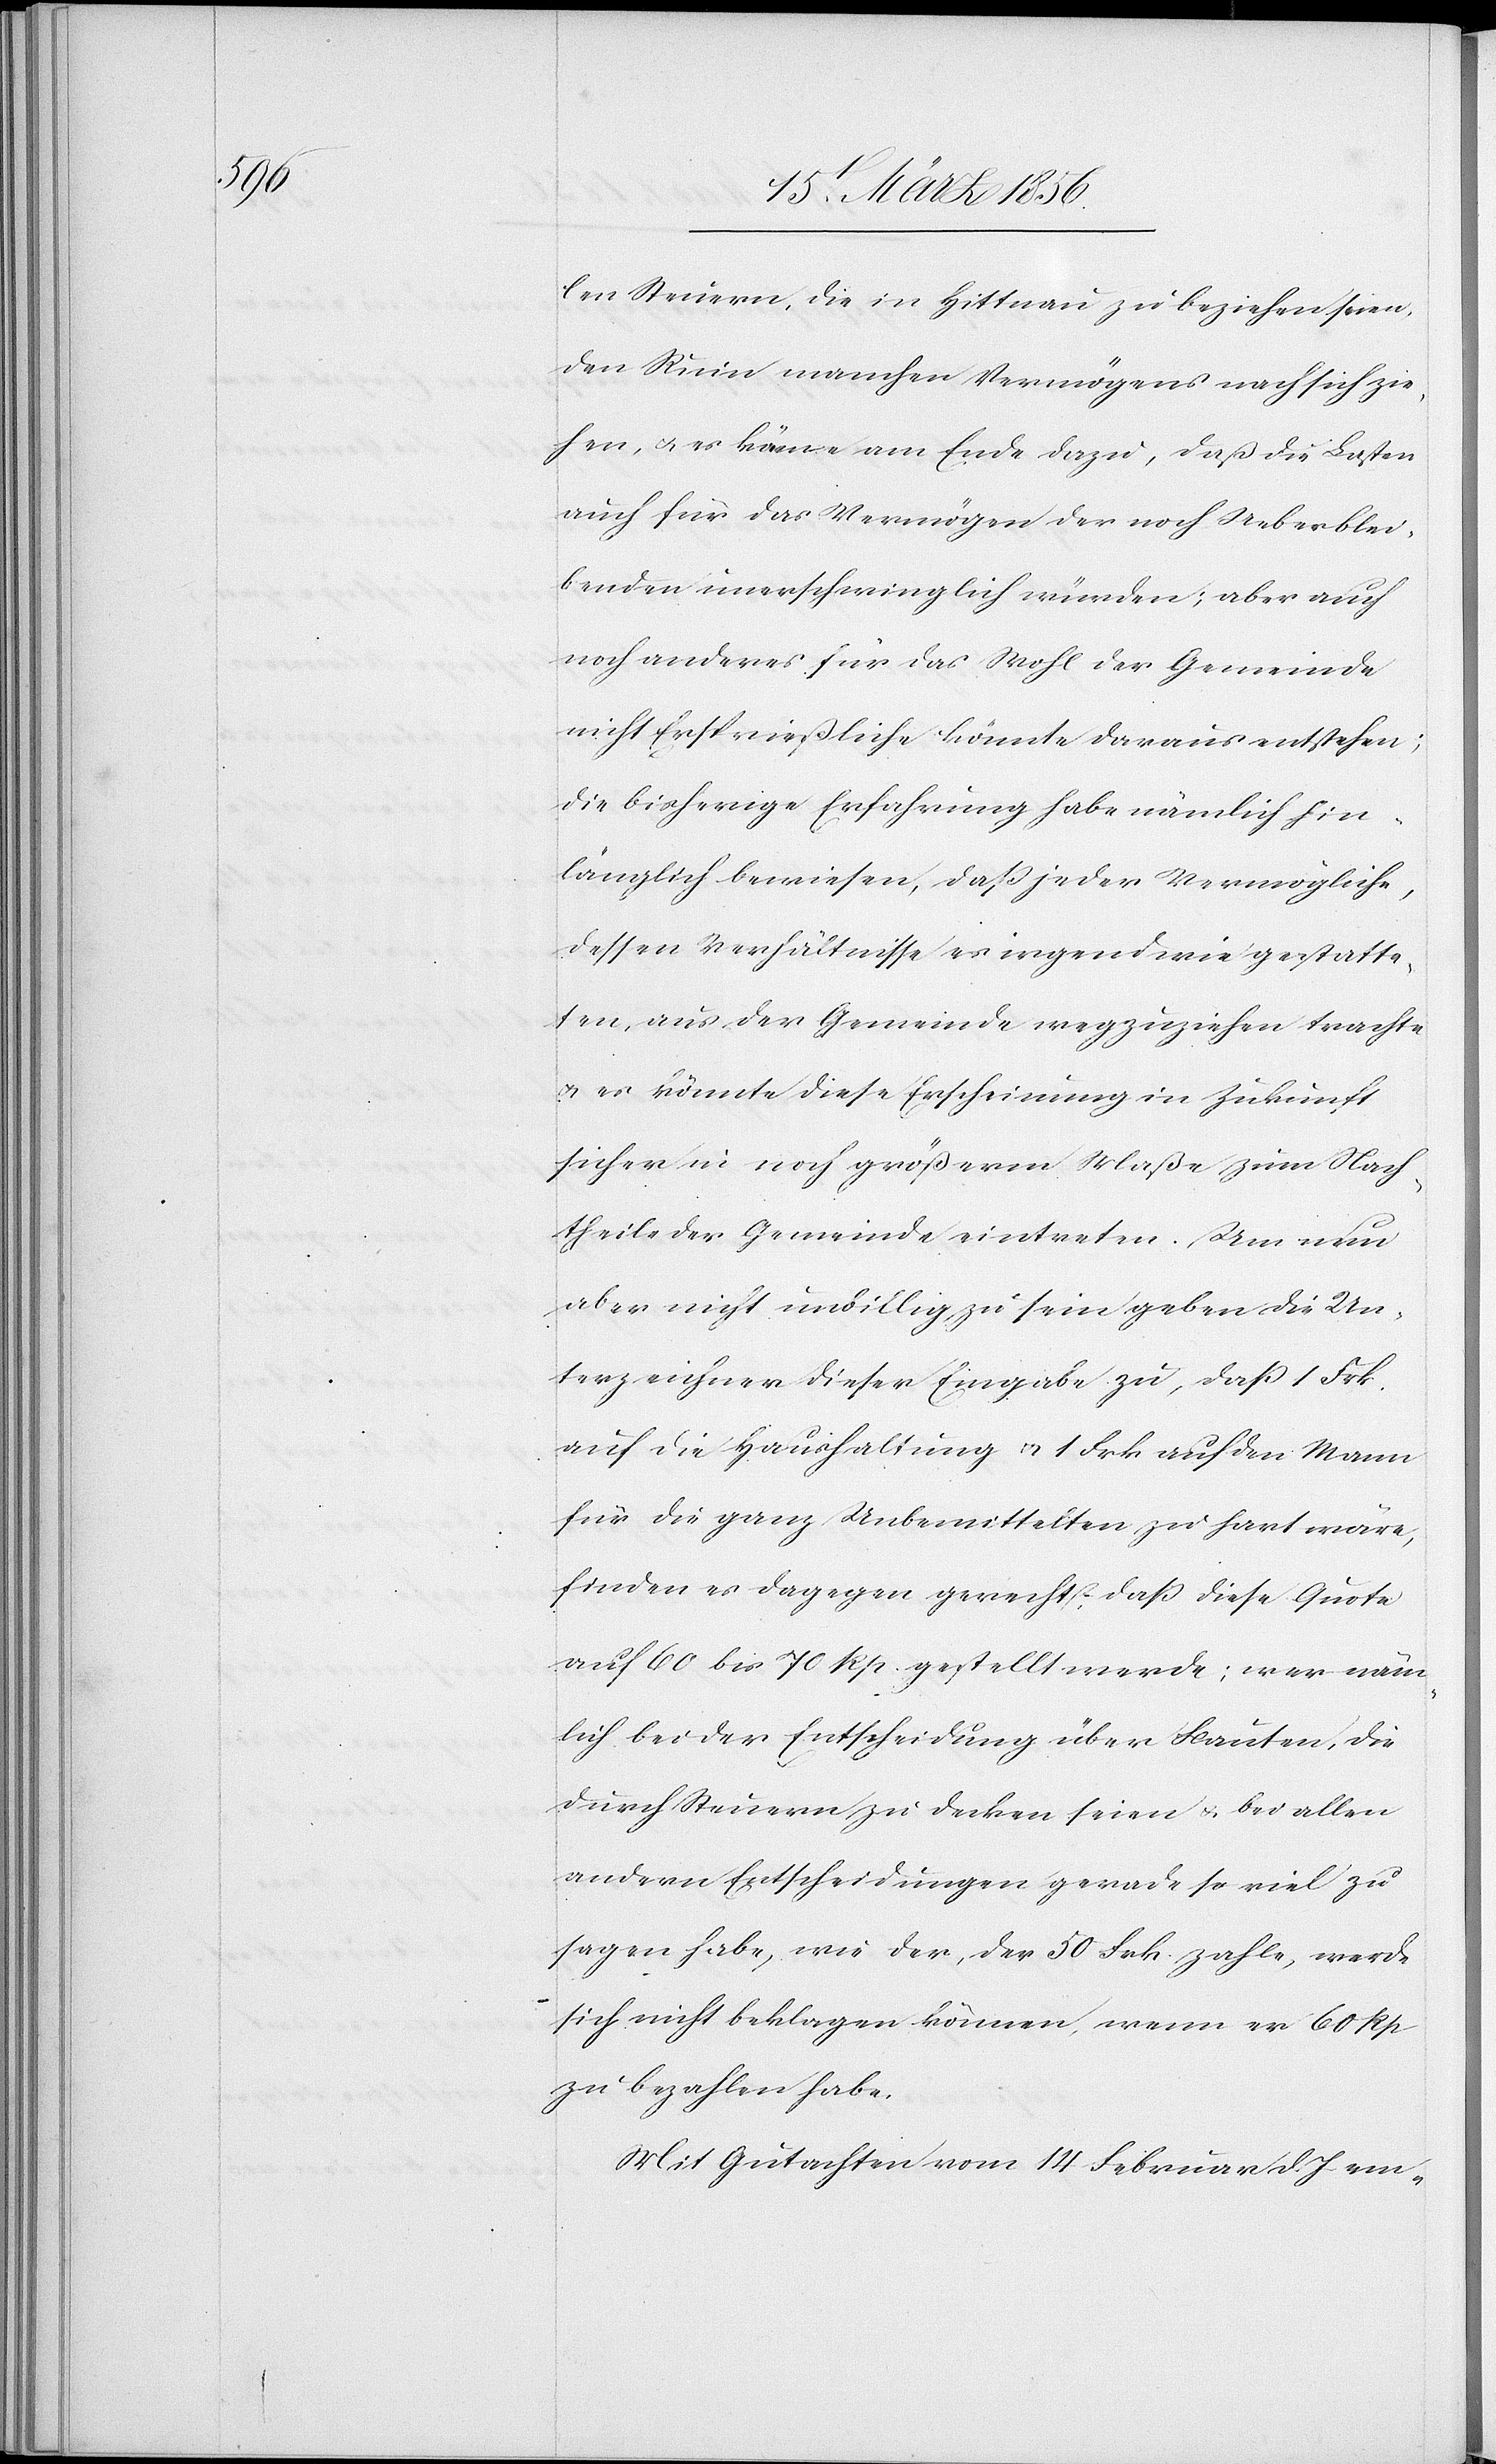
len Steuern, die in Hittnau zu beziehen seien,
den Ruin manchen Vermögens nach sich zie¬
hen, u. es käme am Ende dazu, daß die Lasten
auch für das Vermögen der noch Ueberblei¬
benden unerschwinglich würden; aber auch
noch anderes für das Wohl der Gemeinde
nicht Ersprießliche könnte daraus entstehen;
die bisherige Erfahrung habe nämlich hin¬
länglich bewiesen, daß je der Vermögliche,
dessen Verhältnisse es irgendwie gestatte¬
ten, aus der Gemeinde wegzuziehen trachte
u. es könnte diese Erscheinung in Zukunft
sicher in noch größerm Maße zum Nach¬
theile der Gemeinde eintreten. Um nun
aber nicht unbillig zu sein geben die Un¬
terzeichner dieser Eingabe zu, daß 1 Frk.
auf die Haushaltung u. 1 Frk auf den Mann
für die ganz Unbemittelten zu hart wäre,
finden es dagegen gerecht, daß diese Quote
auf 60 bis 70 Rp. gestellt werde; wer näm¬
lich bei der Entscheidung über Bauten, die
durch Steuern zu decken seien & bei allen
andern Entscheidungen gerade so viel zu
sagen habe, wie der, der 50 Frk. zahle, werde
sich nicht beklagen können, wenn er 60 Rp
zu bezahlen habe.
Mit Gutachten vom 14 Februar d. J em-